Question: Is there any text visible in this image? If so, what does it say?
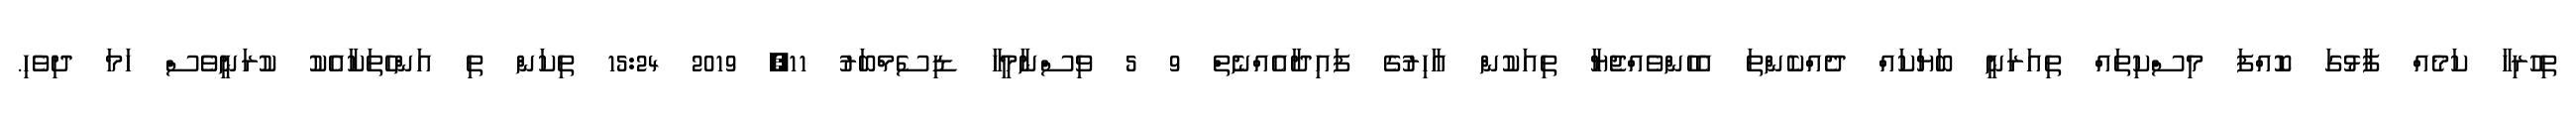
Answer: ތިހުރިހާ ކަމެއް ފާޅުގަ ކޮއްފަ މިސްކިތައް ތިއަރަނީ ބަޔަކައް ދެއްކެންތަ އެހެންވެއްޖެޔާ ތިއަކުން އާހިރުގެ ފައިދާއެއްނެތް 9 5 ވިސްނާމީހާ ޑިސެމްބަރު 11, 2019 15:24 ތިކަން ތި އަންހެތަކާއެކު ކުރަނީވެސް ހަމަ ދިވެހި.